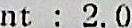
NT : 2.0